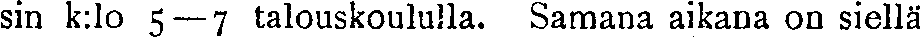
sin k:lo 5—7 talouskoululla. Samana aikana on siellä